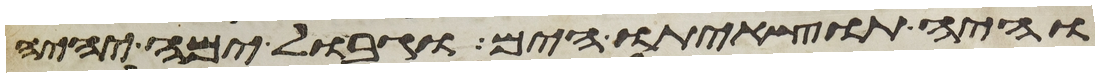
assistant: והיה תוצאיתו הים וגבול ימה יהיה